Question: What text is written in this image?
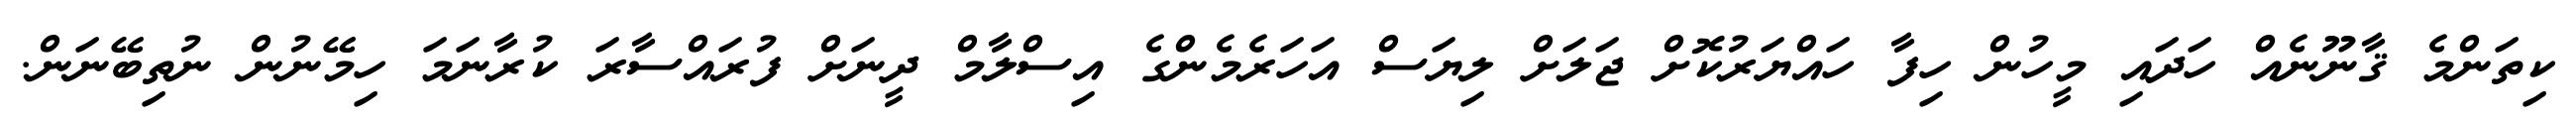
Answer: ކިތަންމެ ޤާނޫނެއް ހަދައި މީހުން ހިފާ ހައްޔަރުކޮށް ޖަލަށް ލިޔަސް އަހަރެމެންގެ އިސްލާމް ދީނަށް ފުރައްސާރަ ކުރާނަމަ ހިމޭނުން ނުތިބޭނަން.